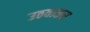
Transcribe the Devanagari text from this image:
उठवाकर